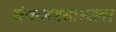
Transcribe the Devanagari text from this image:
ग्रंथालयशास्त्रावर